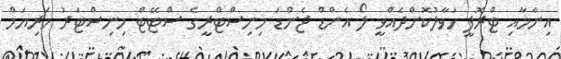
އިނާމާއި ޓްރޮފީ ހަވާލުކޮށްދެއްވީ ލޯ އެންޑް ޖެންޑަ މިނިސްޓްރީގެ ސްޓޭޓް މިނިސްޓަރު މަރިޔަމް